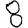
Digit: 8